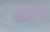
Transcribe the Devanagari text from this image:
पठारवर